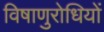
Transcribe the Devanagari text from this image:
विषाणुरोधियों